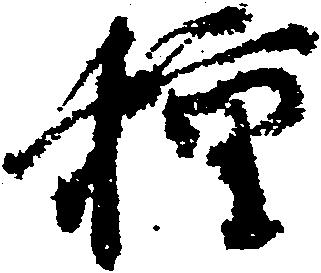
種